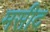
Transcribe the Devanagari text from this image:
मसीद